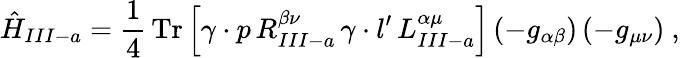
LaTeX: \hat{H}_{III-a}=\frac{1}{4}\, \mathrm{Tr}\left[\gamma\cdot p\, R_{III-a}^{\beta\nu}\, \gamma\cdot l^{\prime}\, L_{III-a}^{\alpha\mu}\right]\left(-g_{\alpha\beta}\right)\left(-g_{\mu\nu}\right)\ ,